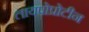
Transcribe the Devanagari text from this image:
लायपोप्रोटीन